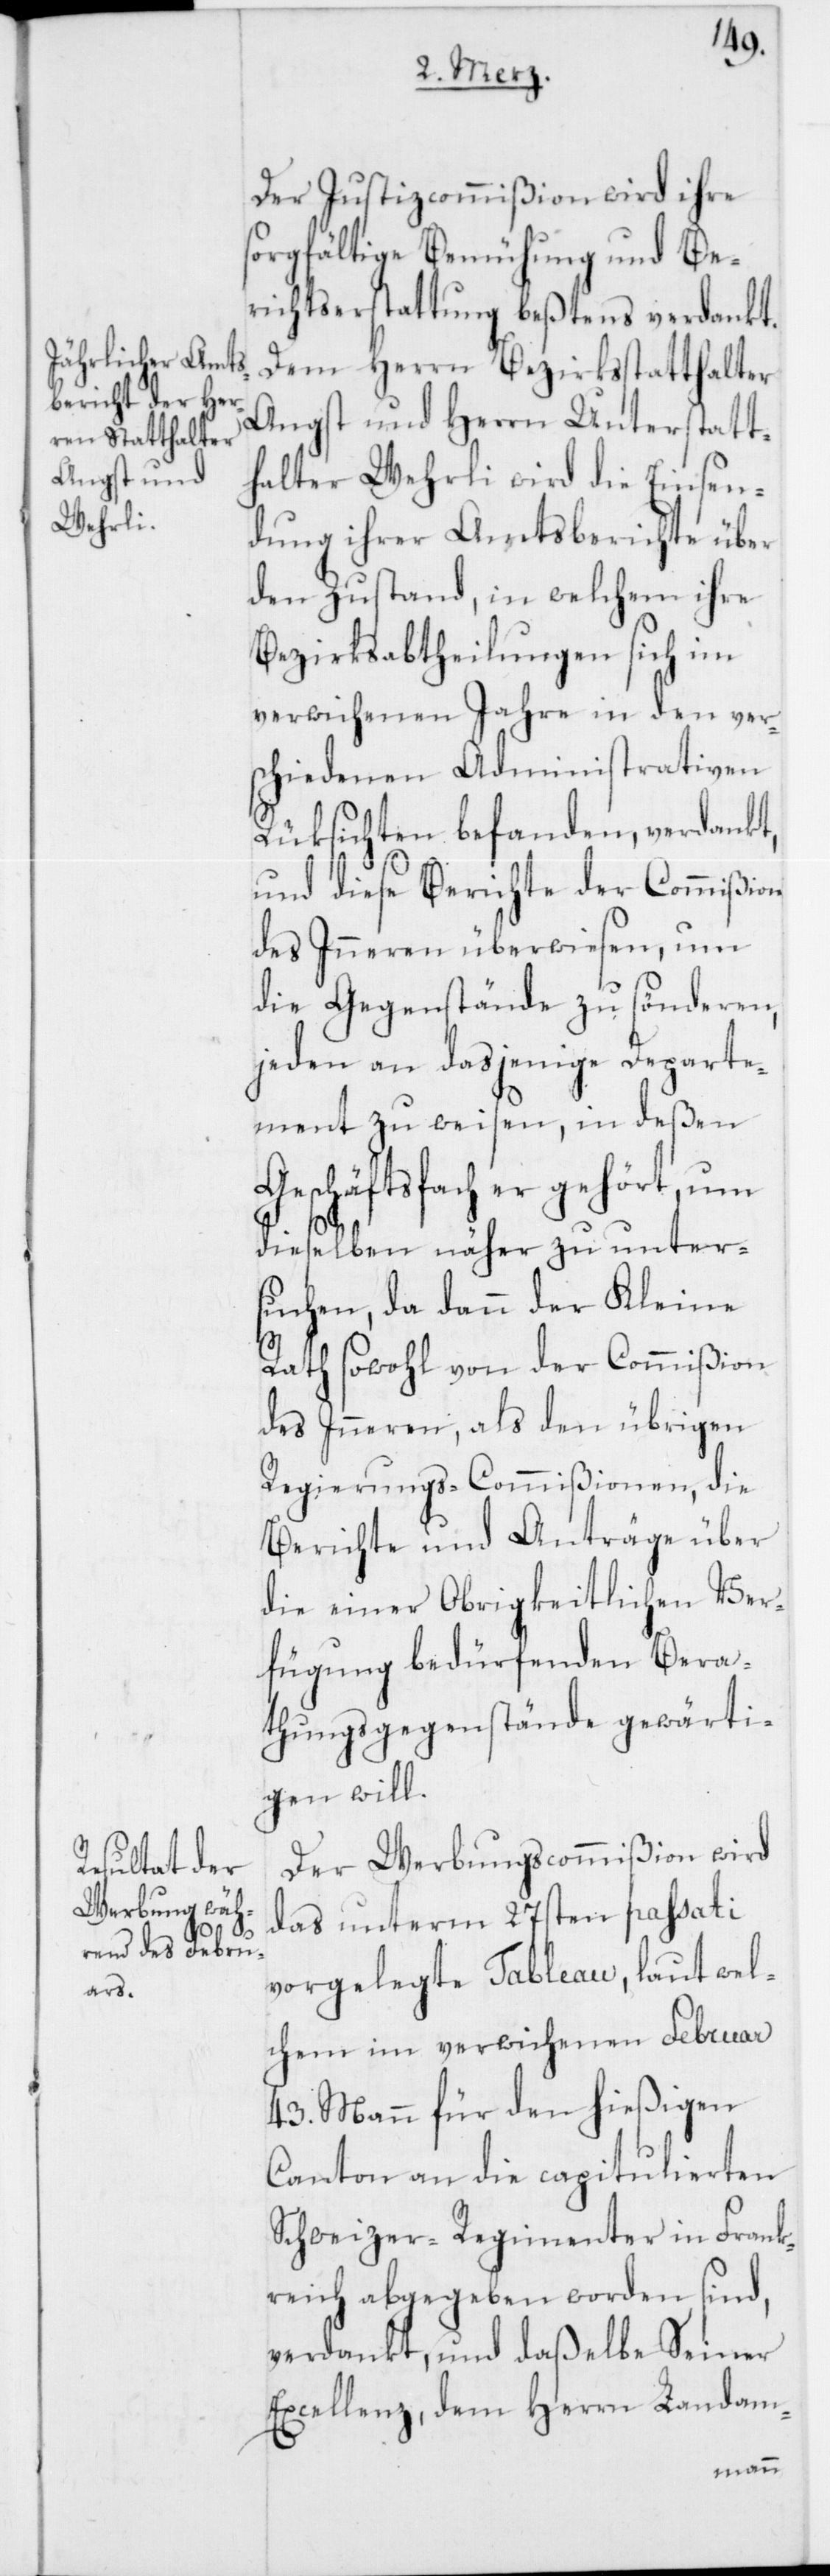
Der Justizcommißion wird ihre
sorgfältige Bemühung und Be¬
richtserstattung beßtens verdankt.
Dem Herrn Bezirksstatthalter
Angst und Herrn Unterstatt¬
halter Wehrli wird die Einsen¬
dung ihrer Amtsberichte über
den Zustand, in welchem ihre
Bezirksabtheilungen sich im
verwichenen Jahre in den vers¬
chiedenen administrativen
Rüksichten befanden, verdankt,
und diese Berichte der Commißion
des Inneren überwiesen, um
die Gegenstände zu sönderen,
jeden an dasjenige Departe¬
ment zu weisen, in deßen
Geschäftsfach er gehört, um
dieselben näher zu unter¬
suchen, da dann der Kleine
Rath sowohl von der Commißion
des Inneren, als den übrigen
Regierungs-Commißionen, die
Berichte und Anträge über
die einer Obrigkeitlichen Ver¬
fügung bedürfenden Bera¬
thungsgegenstände gewärti¬
gen will.
Der Werbungscommißion wird
das unterm 27sten passati
vorgelegte Tableau, laut wel¬
chem im verwichenen Februar
43. Mann für den hießigen
Canton an die capitulierten
Schweizer-Regimenter in Frank¬
reich abgegeben worden sind,
verdankt, und daßelbe Seiner
Excellenz dem Herrn Landam-